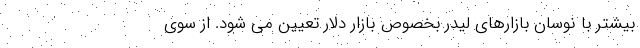
بیشتر با نوسان بازارهای لیدر بخصوص بازار دلار تعیین می شود. از سوی